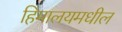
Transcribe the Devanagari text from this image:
हिमालयमधील